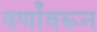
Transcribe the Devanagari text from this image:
वर्णांवरून